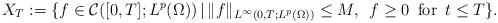
LaTeX: \begin{align*}X_{T}:=\{f\in\mathcal{C}([0,T];L^{p}(\Omega))\,|\, \|f\|_{L^{\infty}(0,T;L^{p}(\Omega))}\le M,\,\,\,f\ge0 \,\mbox{ for }\,t\le T\}.\end{align*}